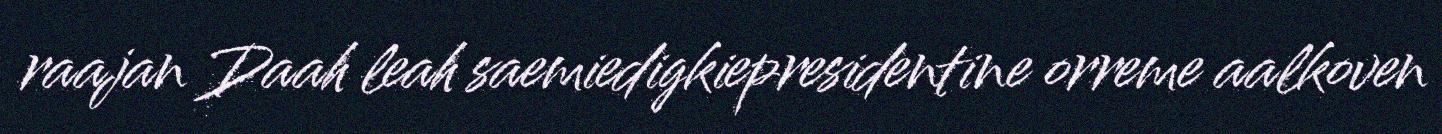
raajan Daah leah saemiedigkiepresidentine orreme aalkoven